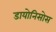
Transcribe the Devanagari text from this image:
डायोनिसोस